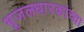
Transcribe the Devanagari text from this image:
भूजलधारकांच्या